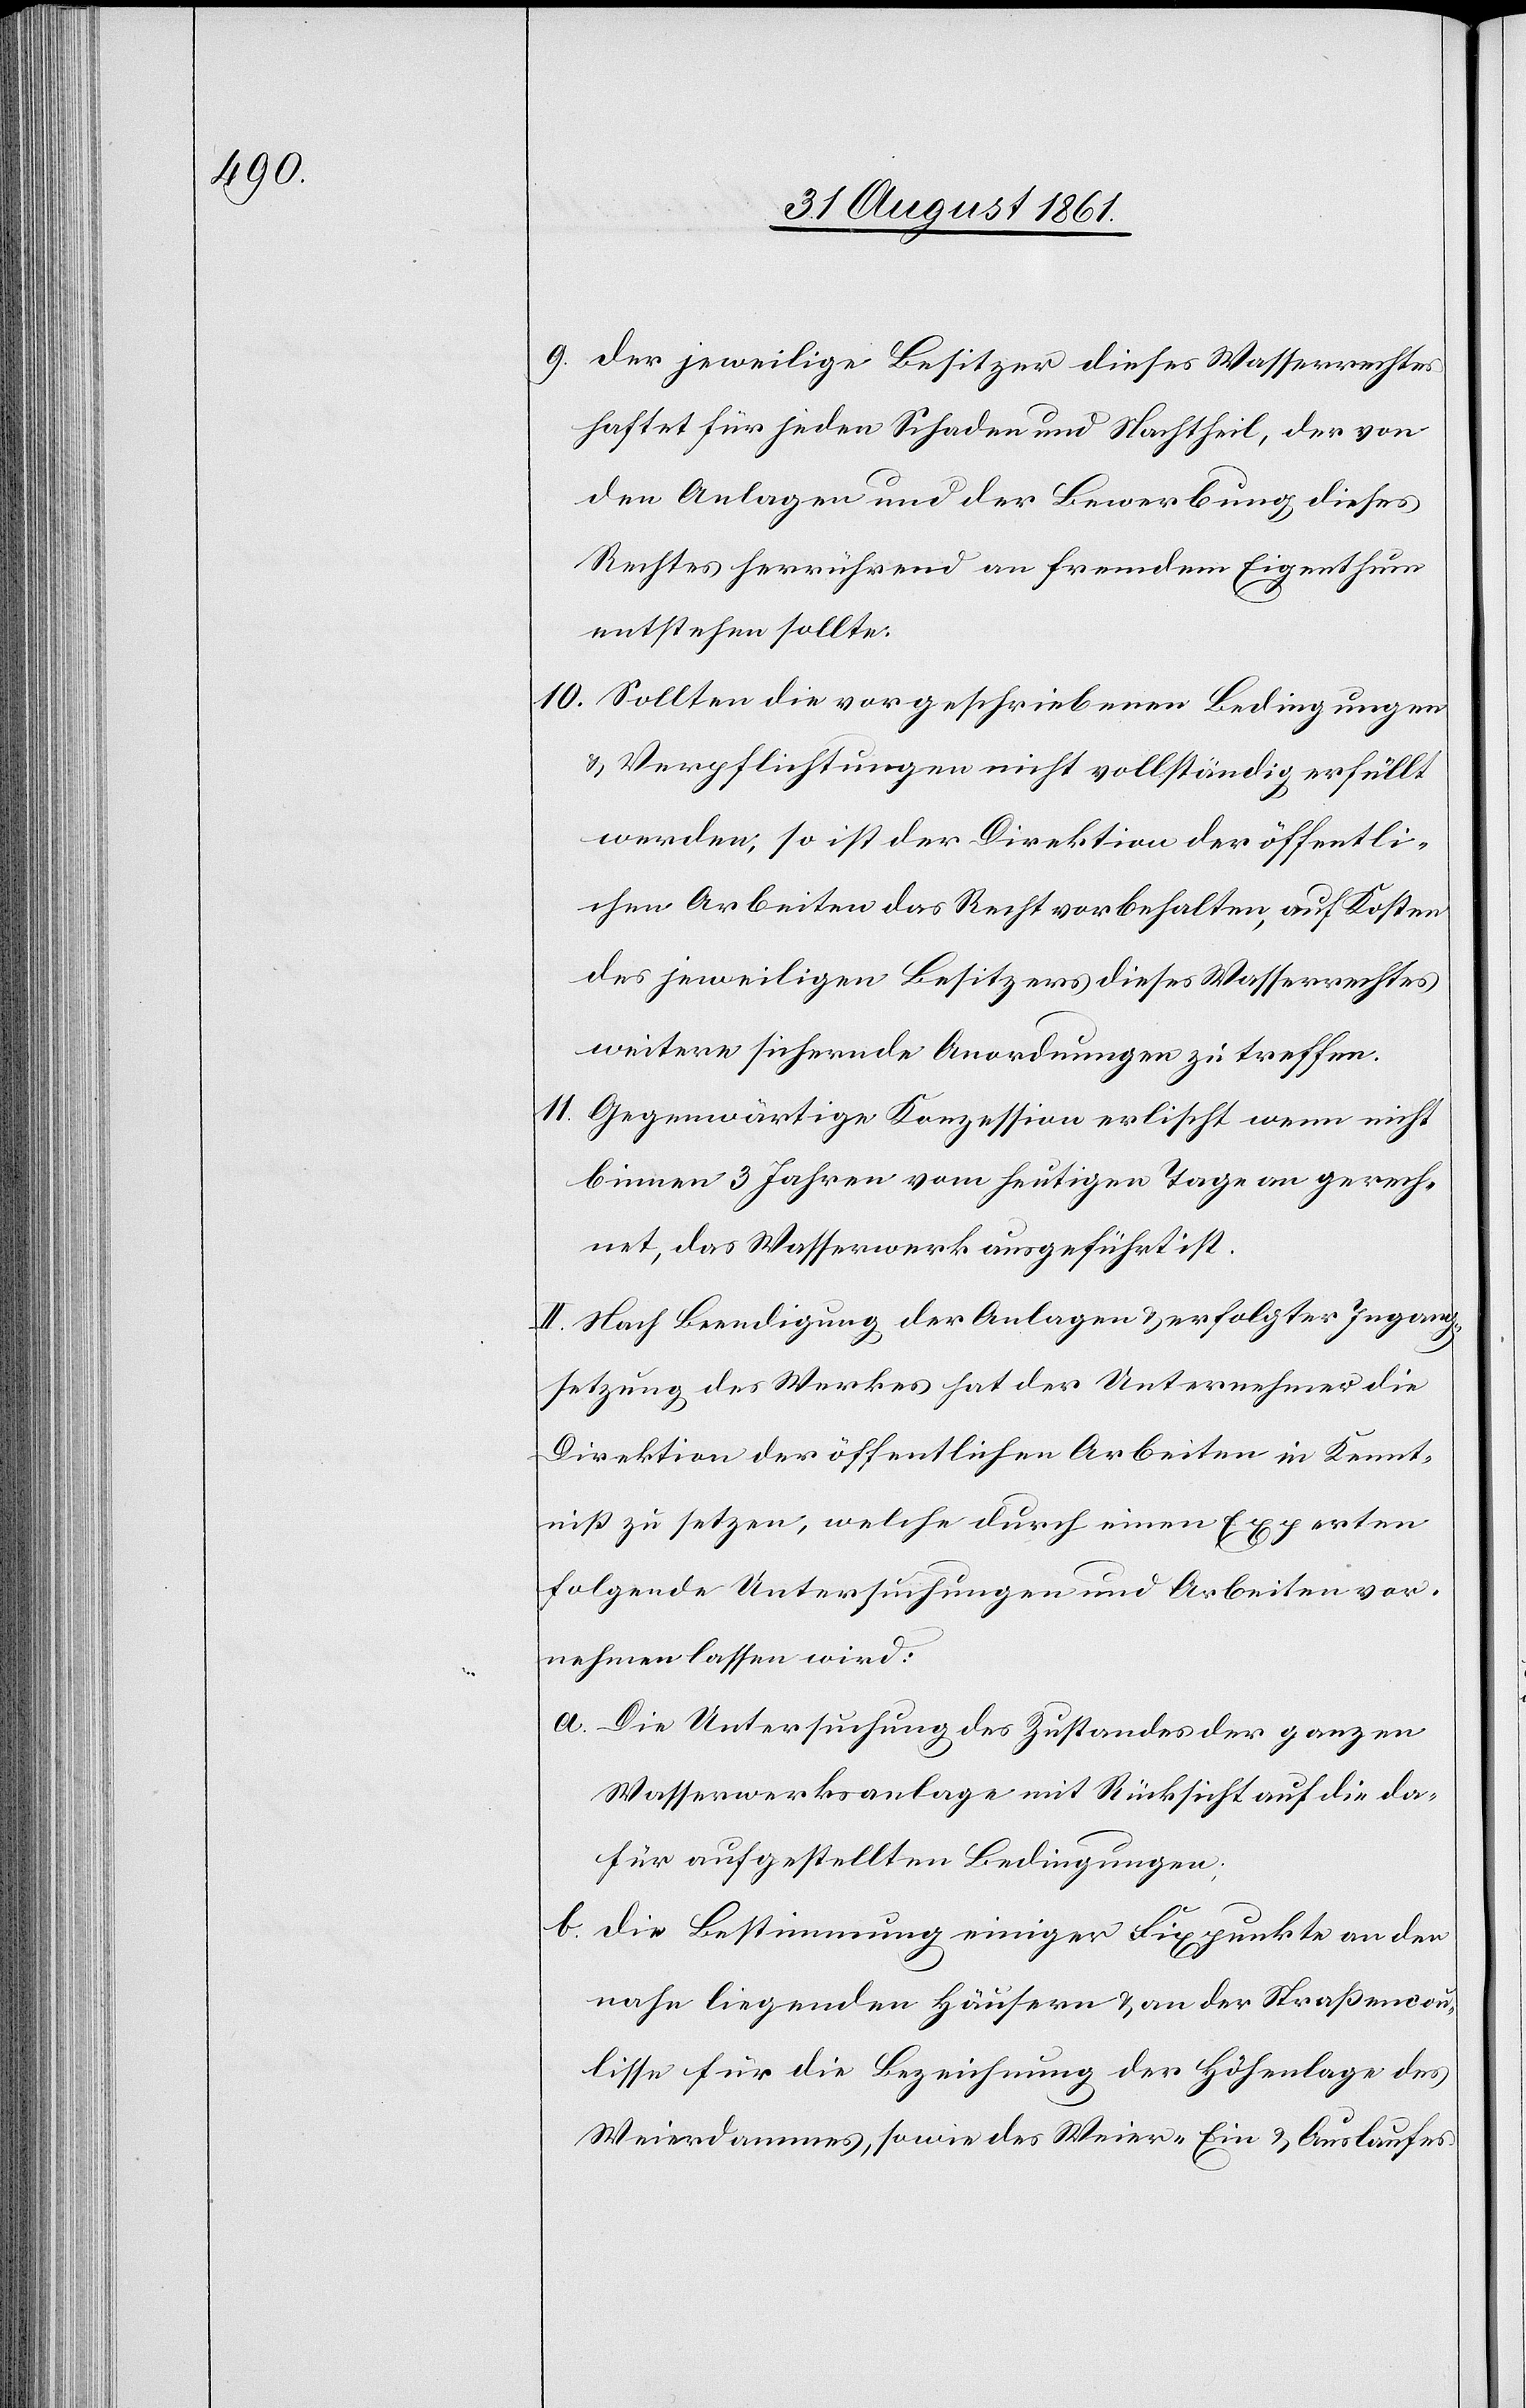
9. Der jeweilige Besitzer dieses Wasserrechtes
haftet für jeden Schaden und Nachtheil, der von
den Anlagen und der Bewerbung dieses
Rechtes herrührend an fremdem Eigenthum
entstehen sollte.
10. Sollten die vorgeschriebenen Bedingungen
u. Verpflichtungen nicht vollständig erfüllt
werden, so ist der Direktion der öffentli¬
chen Arbeiten das Recht vorbehalten, auf Kosten
des jeweiligen Besitzers dieses Wasserrechtes
weitere sichernde Anordnungen zu treffen.
11. Gegenwärtige Konzession erlischt wenn nicht
binnen 3 Jahren vom heutigen Tage an gerech¬
net, das Wasserrecht ausgeführt ist.
12. Nach Beendigung der Anlagen u. erfolgter Ingang¬
setzung des Werkes hat der Unternehmer die
Direktion der öffentlichen Arbeiten in Kennt¬
niß zu setzen, welche durch einen Experten
folgende Untersuchungen und Arbeiten vor¬
nehmen lassen wird:
a. Die Untersuchung des Zustandes der ganzen
Wasserwerksanlage mit Rücksicht auf die da¬
für aufgestellten Bedingungen.
b. Die Bestimmung einiger Fixpunkte an den
nahe liegenden Häusern u. an der Straßencou¬
lisse für die Bezeichnung der Höhenlage des
Weierdammes, sowie des Weier-Ein- u. Auslaufes